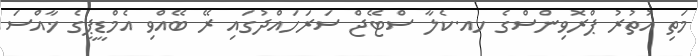
މަތި އުތުރު ޕްރޮވިންސްގެ ހއ.ކެލާ ސްޓޭޖް ސަރަހައްދުގައި ރޭ ބޭއްވި އެމްޑީޕީގެ ޚާއްސަ